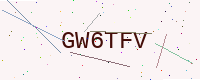
Text: GW6TFV